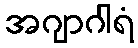
အဂျာဂါရံ